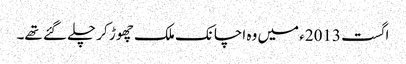
اگست 2013ء میں وہ اچانک ملک چھوڑ کر چلے گئے تھے۔